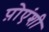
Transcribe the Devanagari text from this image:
प़ोएंशी